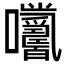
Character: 𡆓